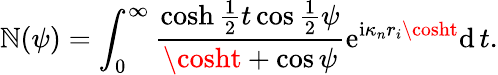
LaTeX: \mathbb{N}(\psi)=\int_{0}^{\infty}\frac{{\cosh\frac{{1}}{{2}}t\cos\frac{{1}}{{2}}\psi}}{{\cosht+\cos\psi}}\mathrm{{e}}^{\mathrm{{i}}\kappa_{n}r_{i}\cosht}\mathrm{{d}}\, t.